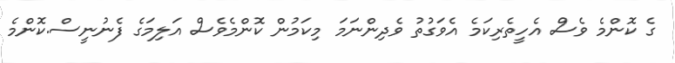
ގެ ކޮންމެ ވެސް އެހީތެރިކަމެ އެވަގުތު ވެދިންނަމަ މިކަމުން ކޮންމެވެސް އަލިމަގެ ފެނުނީސް.ކޮންމެ